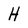
Character: H